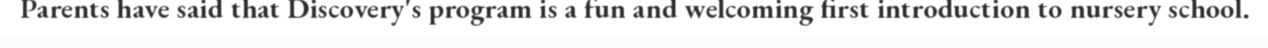
Parents have said that Discovery's program is a fun and welcoming first introduction to nursery school.